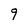
Character: 9